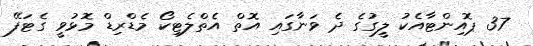
37 ޕޮއިންޓާއެކު ލީގުގެ ދެ ވަނާގައި އޮތް އެތްލެޓިކޯ މެޑްރިޑް މޮޅުވީ ގެޓަފޭ